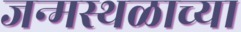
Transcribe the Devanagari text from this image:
जन्मस्थळाच्या